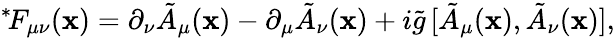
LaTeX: {}^{*}\! F_{\mu\nu}(\mathbf{x})=\partial_{\nu}\tilde{{A}}_{\mu}(\mathbf{x})-\partial_{\mu}\tilde{{A}}_{\nu}(\mathbf{x})+i\tilde{{g}}\, [\tilde{{A}}_{\mu}(\mathbf{x}),\tilde{{A}}_{\nu}(\mathbf{x})],